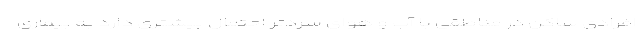
افرادی ساکن در مناطقی با آب و هوای سردتر احتمال بیشتری دارد به بیماری